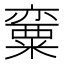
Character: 𱹠